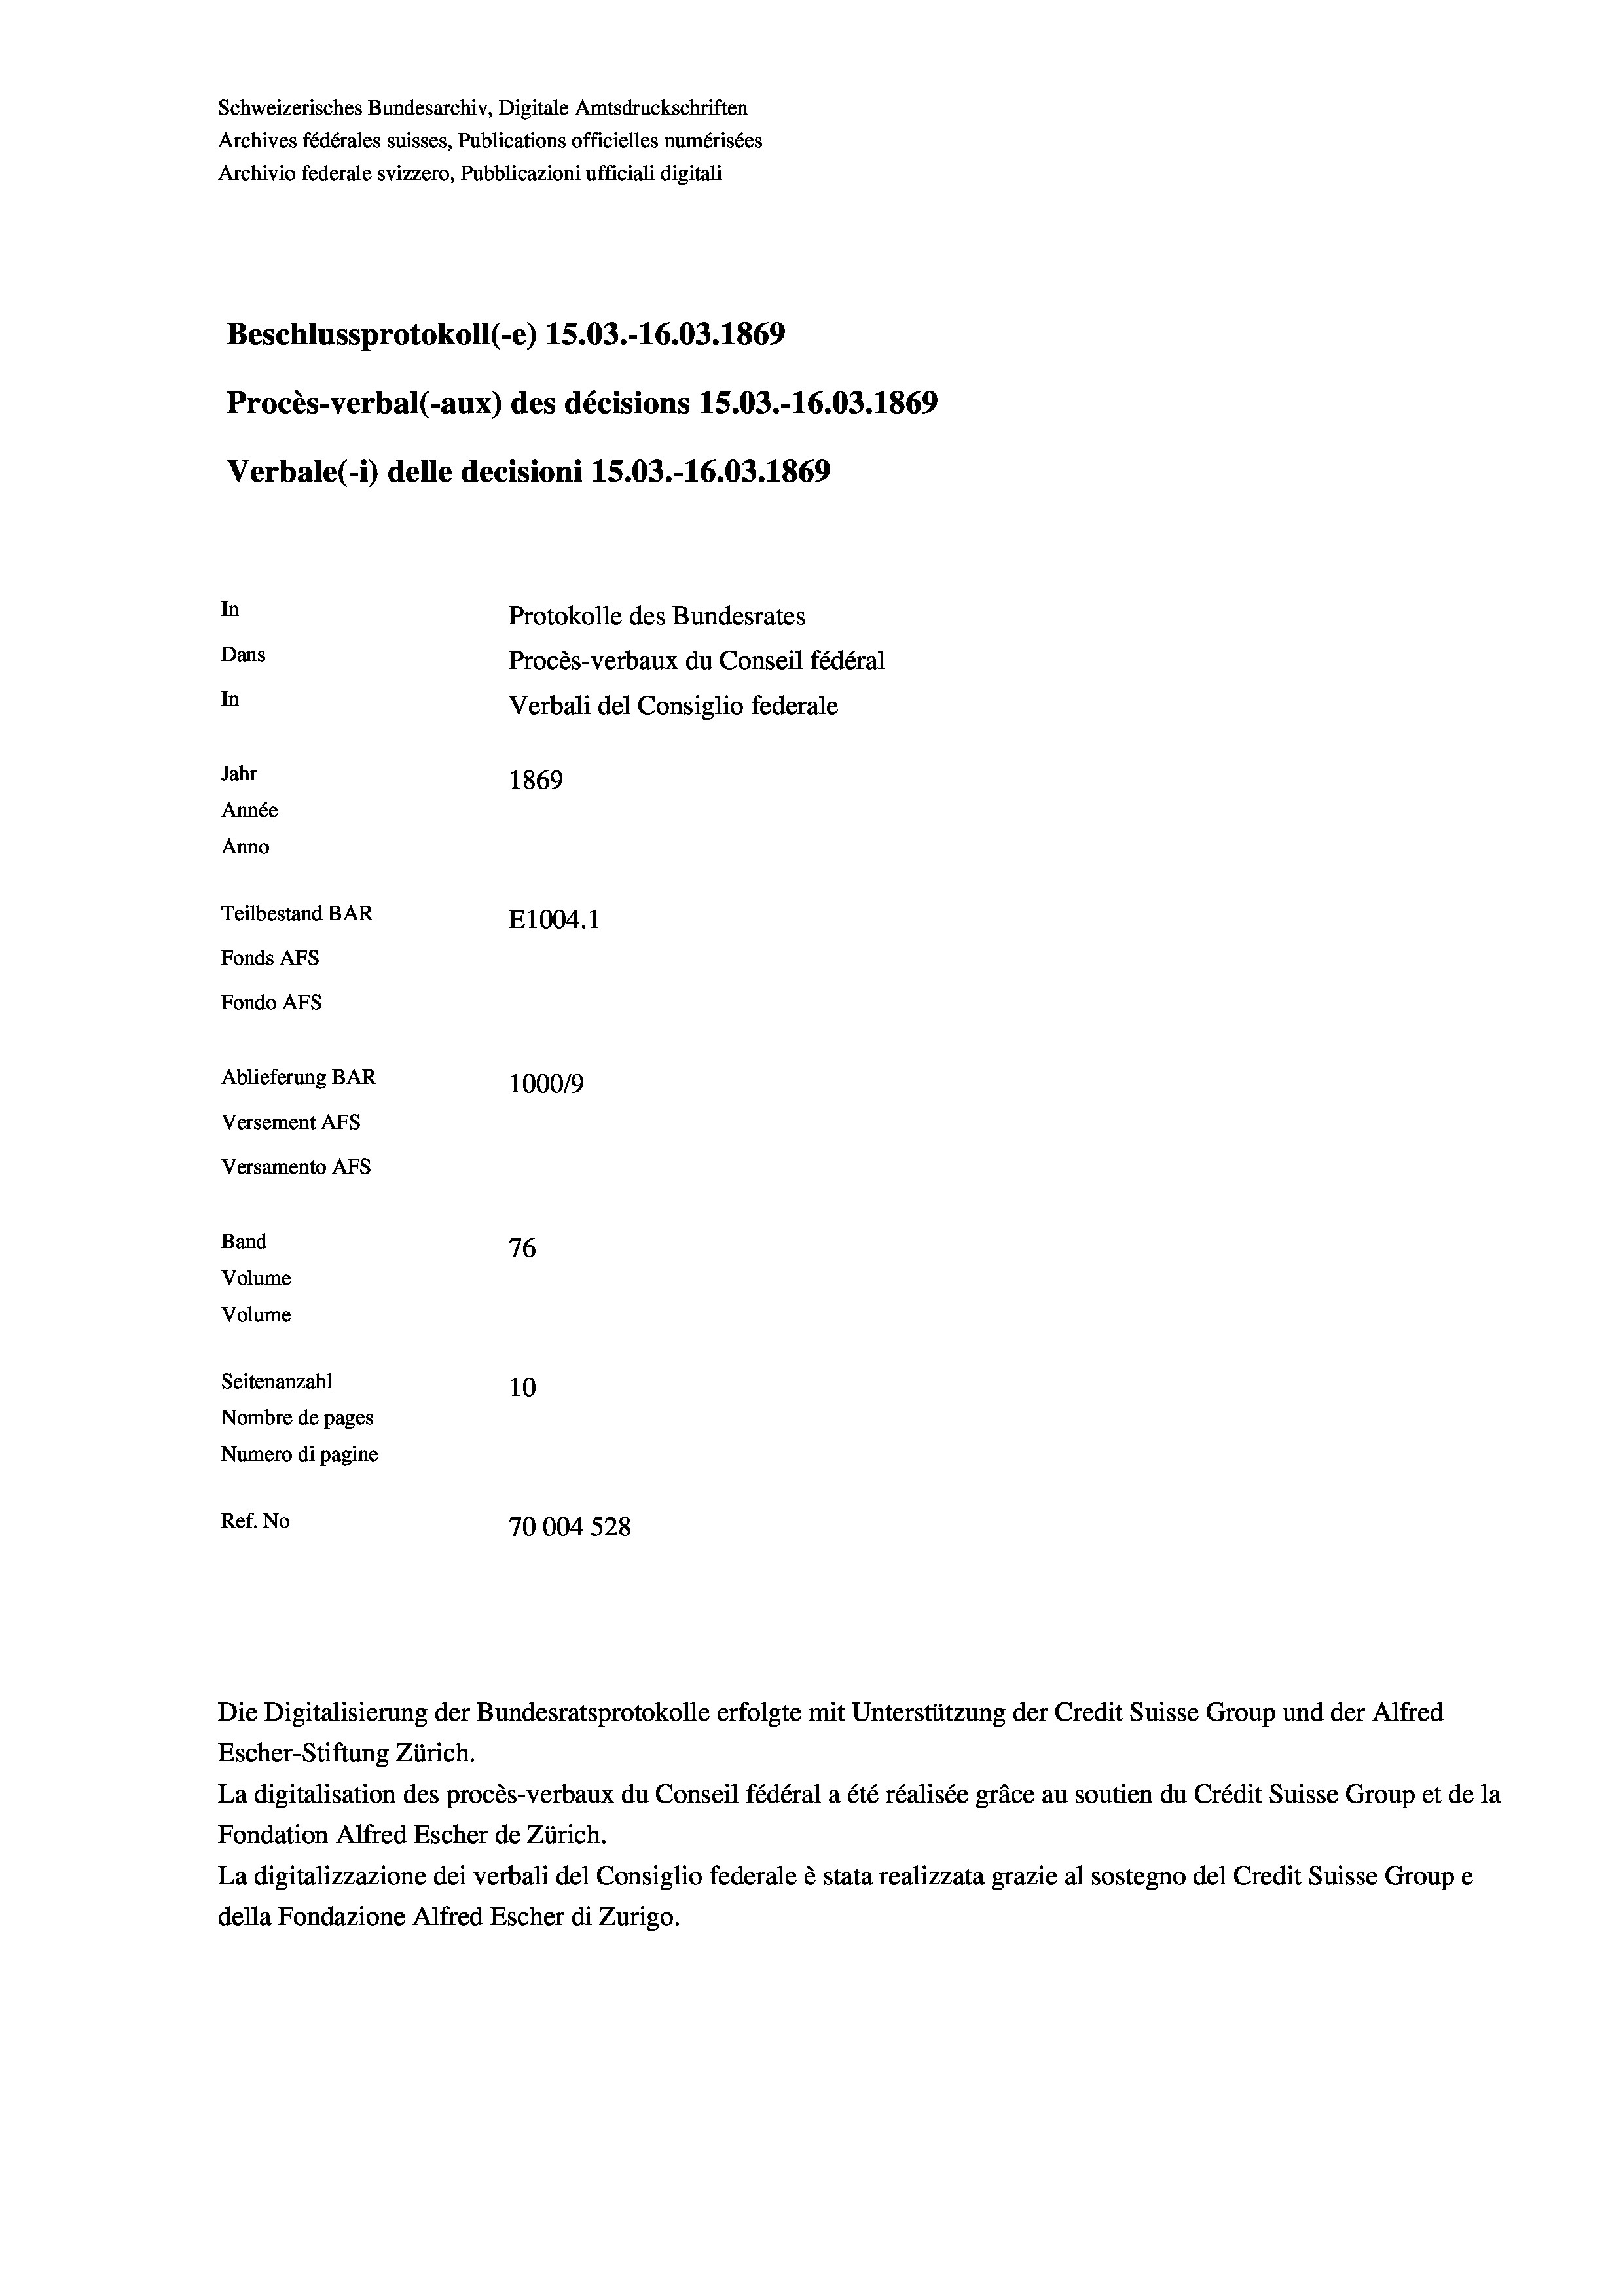
Beschlussprotokoll (-e) 15.03.-16.03. 1869
Procès-verbal (-aux) des décisions 15.03.-16.03. 1869
Verbale(-*) delle decisioni 15.03.-16.03. 1869
In
Protokolle des Bundesrates
Dans
Procès-verbaux du Conseil fédéral
In
Verbali del Consiglio federale
Jahr
1869
Année
Anno
Teilbestand BAR
E1004.1
Fonds AFs
Fondo AFS

Ablieferung BAR
100019
Versement AFs
Versamento AFs
Band
76
Volume
Volume
Seitenanzahl
10
Nombre de pages

Schweizerisches Bundesarchiv, Digitale Amtsdruckschriften
Archives fédérales suisses, Publications officielles numérisées
Archivio federale svizzero, Pubblicazioni ufficiali digitali

Numero di pagine
Ref. No
70004 528

Die Digitalisierung der Bundesratsprotokolle erfolgte mit Unterstützung der Credit Suisse Group und der Alfred
Escher-Stiftung Zürich.
La digitalisation des procès-verbaux du Conseil fédéral a été réalisée gräce au soutien du Crédit Suisse Group et de la
Fondation Alfred Escher de Zürich.
La digitalizzazione dei verbali del Consiglio federale è stata realizzata grazie al sostegno del Credit Suisse Groupe
della Fondazione Alfred Escher di Zurigo.